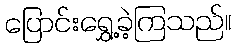
ပြောင်းရွှေ့ခဲ့ကြသည်။